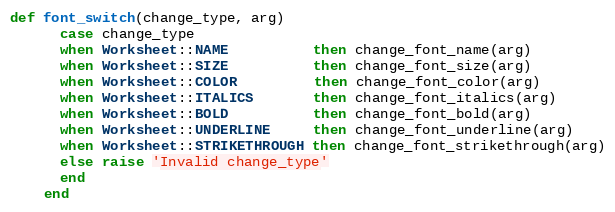
Language: Ruby
def font_switch(change_type, arg)
      case change_type
      when Worksheet::NAME          then change_font_name(arg)
      when Worksheet::SIZE          then change_font_size(arg)
      when Worksheet::COLOR         then change_font_color(arg)
      when Worksheet::ITALICS       then change_font_italics(arg)
      when Worksheet::BOLD          then change_font_bold(arg)
      when Worksheet::UNDERLINE     then change_font_underline(arg)
      when Worksheet::STRIKETHROUGH then change_font_strikethrough(arg)
      else raise 'Invalid change_type'
      end
    end